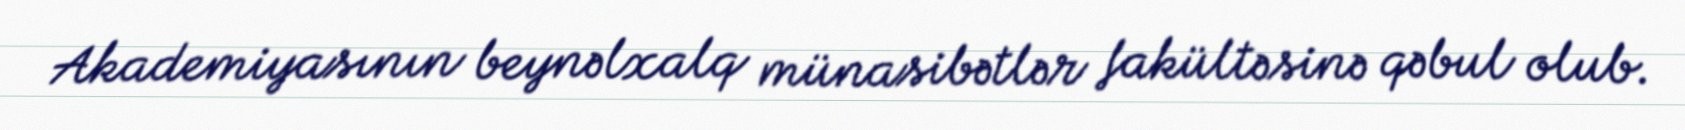
Akademiyasının beynəlxalq münasibətlər fakültəsinə qəbul olub.